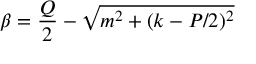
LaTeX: \beta = \frac { Q } { 2 } - \sqrt { m ^ { 2 } + ( k - P / 2 ) ^ { 2 } }